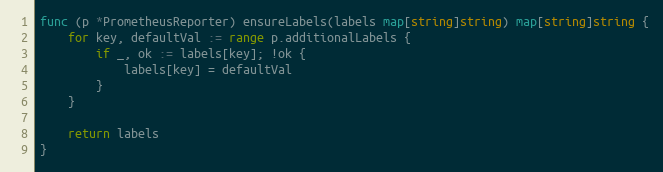
Language: Go
func (p *PrometheusReporter) ensureLabels(labels map[string]string) map[string]string {
	for key, defaultVal := range p.additionalLabels {
		if _, ok := labels[key]; !ok {
			labels[key] = defaultVal
		}
	}

	return labels
}